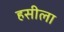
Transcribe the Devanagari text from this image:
हसीला